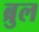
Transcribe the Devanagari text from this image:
ब्रुल